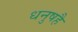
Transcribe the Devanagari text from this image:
धनुषहै